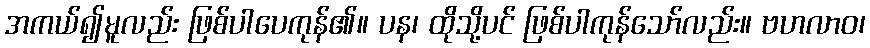
အကယ်၍မူလည်း ဖြစ်ပါပေကုန်၏။ ပန၊ ထိုသို့ပင် ဖြစ်ပါကုန်သော်လည်း။ ဗဟလာဝ၊